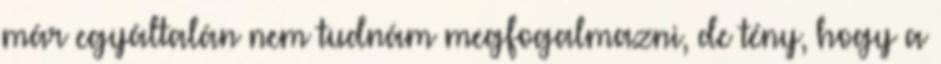
már egyáltalán nem tudnám megfogalmazni, de tény, hogy a